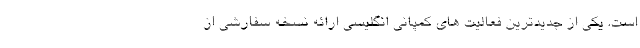
است. یکی از جدیدترین فعالیت های کمپانی انگلیسی ارائه نسخه سفارشی از